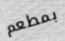
بمطعم